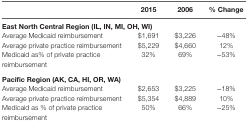
|  | 2015 | 2006 | % Change |
 | --- | --- | --- | --- |
 | <COLSPAN=4> East North Central Region (IL, IN, MI, OH, WI) |
 | Average Medicaid reimbursement | $1,691 | $3,226 | −48% |
 | Average private practice reimbursement | $5,229 | $4,660 | 12% |
 | Medicaid as% of private practice reimbursement | 32% | 69% | −53% |
 | <COLSPAN=4> Pacific Region (AK, CA, HI, OR, WA) |
 | Average Medicaid reimbursement | $2,653 | $3,225 | −18% |
 | Average private practice reimbursement | $5,354 | $4,889 | 10% |
 | Medicaid as % of private practice reimbursement | 50% | 66% | −25% |